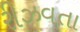
રીઝવતા